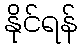
နိုင်ရန်